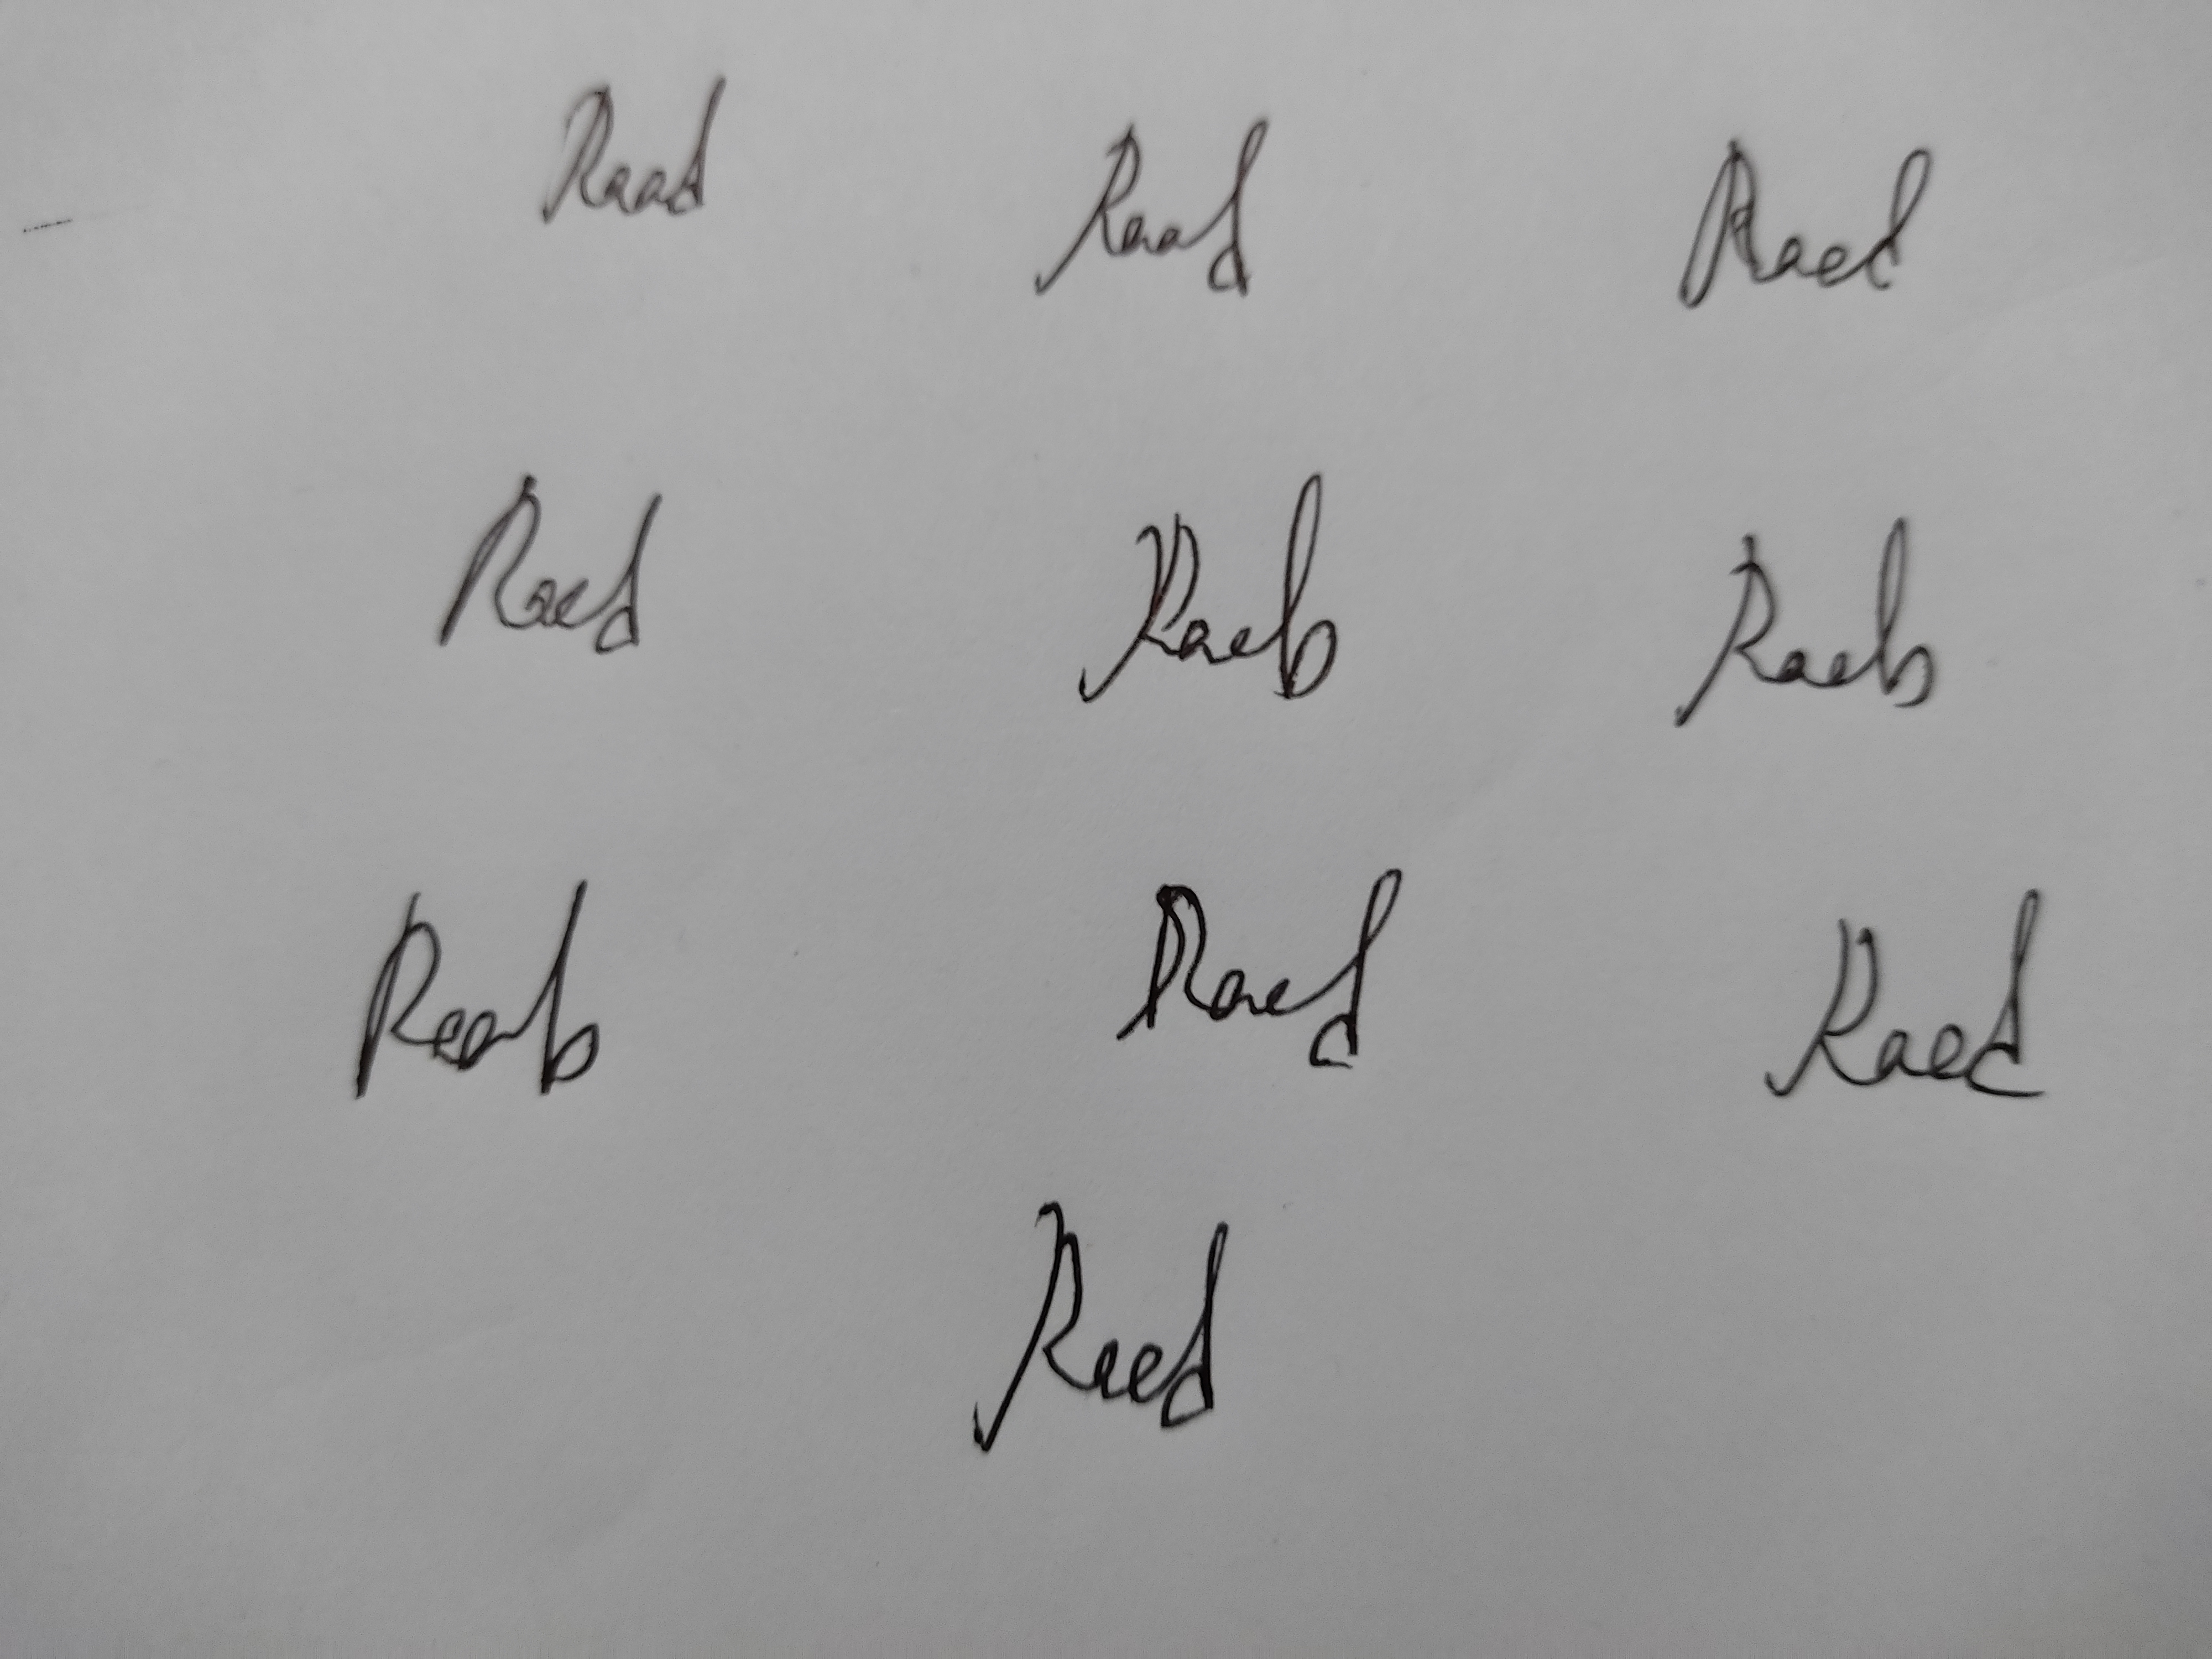
Signature authenticity: genuine